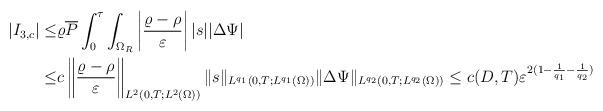
LaTeX: \begin{align*}|I_{3,c}|\leq& \varrho\overline P\int_0^\tau\int_{\Omega_R}\left|\frac{\varrho-\rho}{\varepsilon}\right||s||\Delta\Psi|\\\leq& c\left\|\frac{\varrho-\rho}{\varepsilon}\right\|_{L^2(0,T;L^2(\Omega))}\|s\|_{L^{q_1}(0,T;L^{q_1}(\Omega))}\|\Delta\Psi\|_{L^{q_2}(0,T;L^{q_2}(\Omega))}\leq c(D,T)\varepsilon^{2(1-\frac{1}{q_1}-\frac{1}{q_2})}\end{align*}